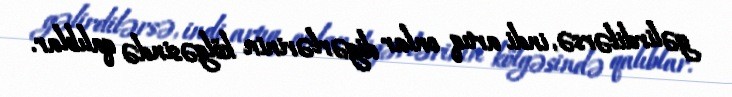
gəlirdilərsə, indi artıq onlar digərlərinin kölgəsində qalıblar.